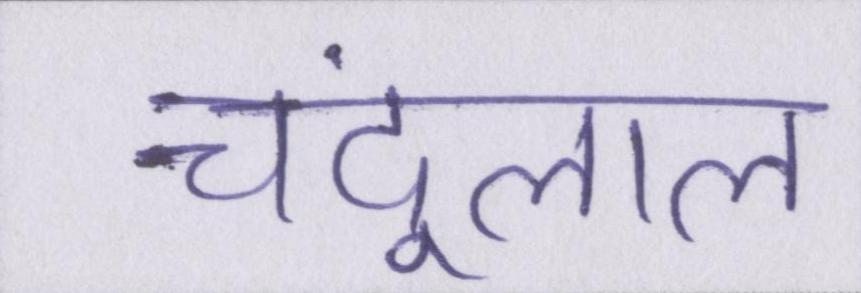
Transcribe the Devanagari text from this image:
चंदूलाल